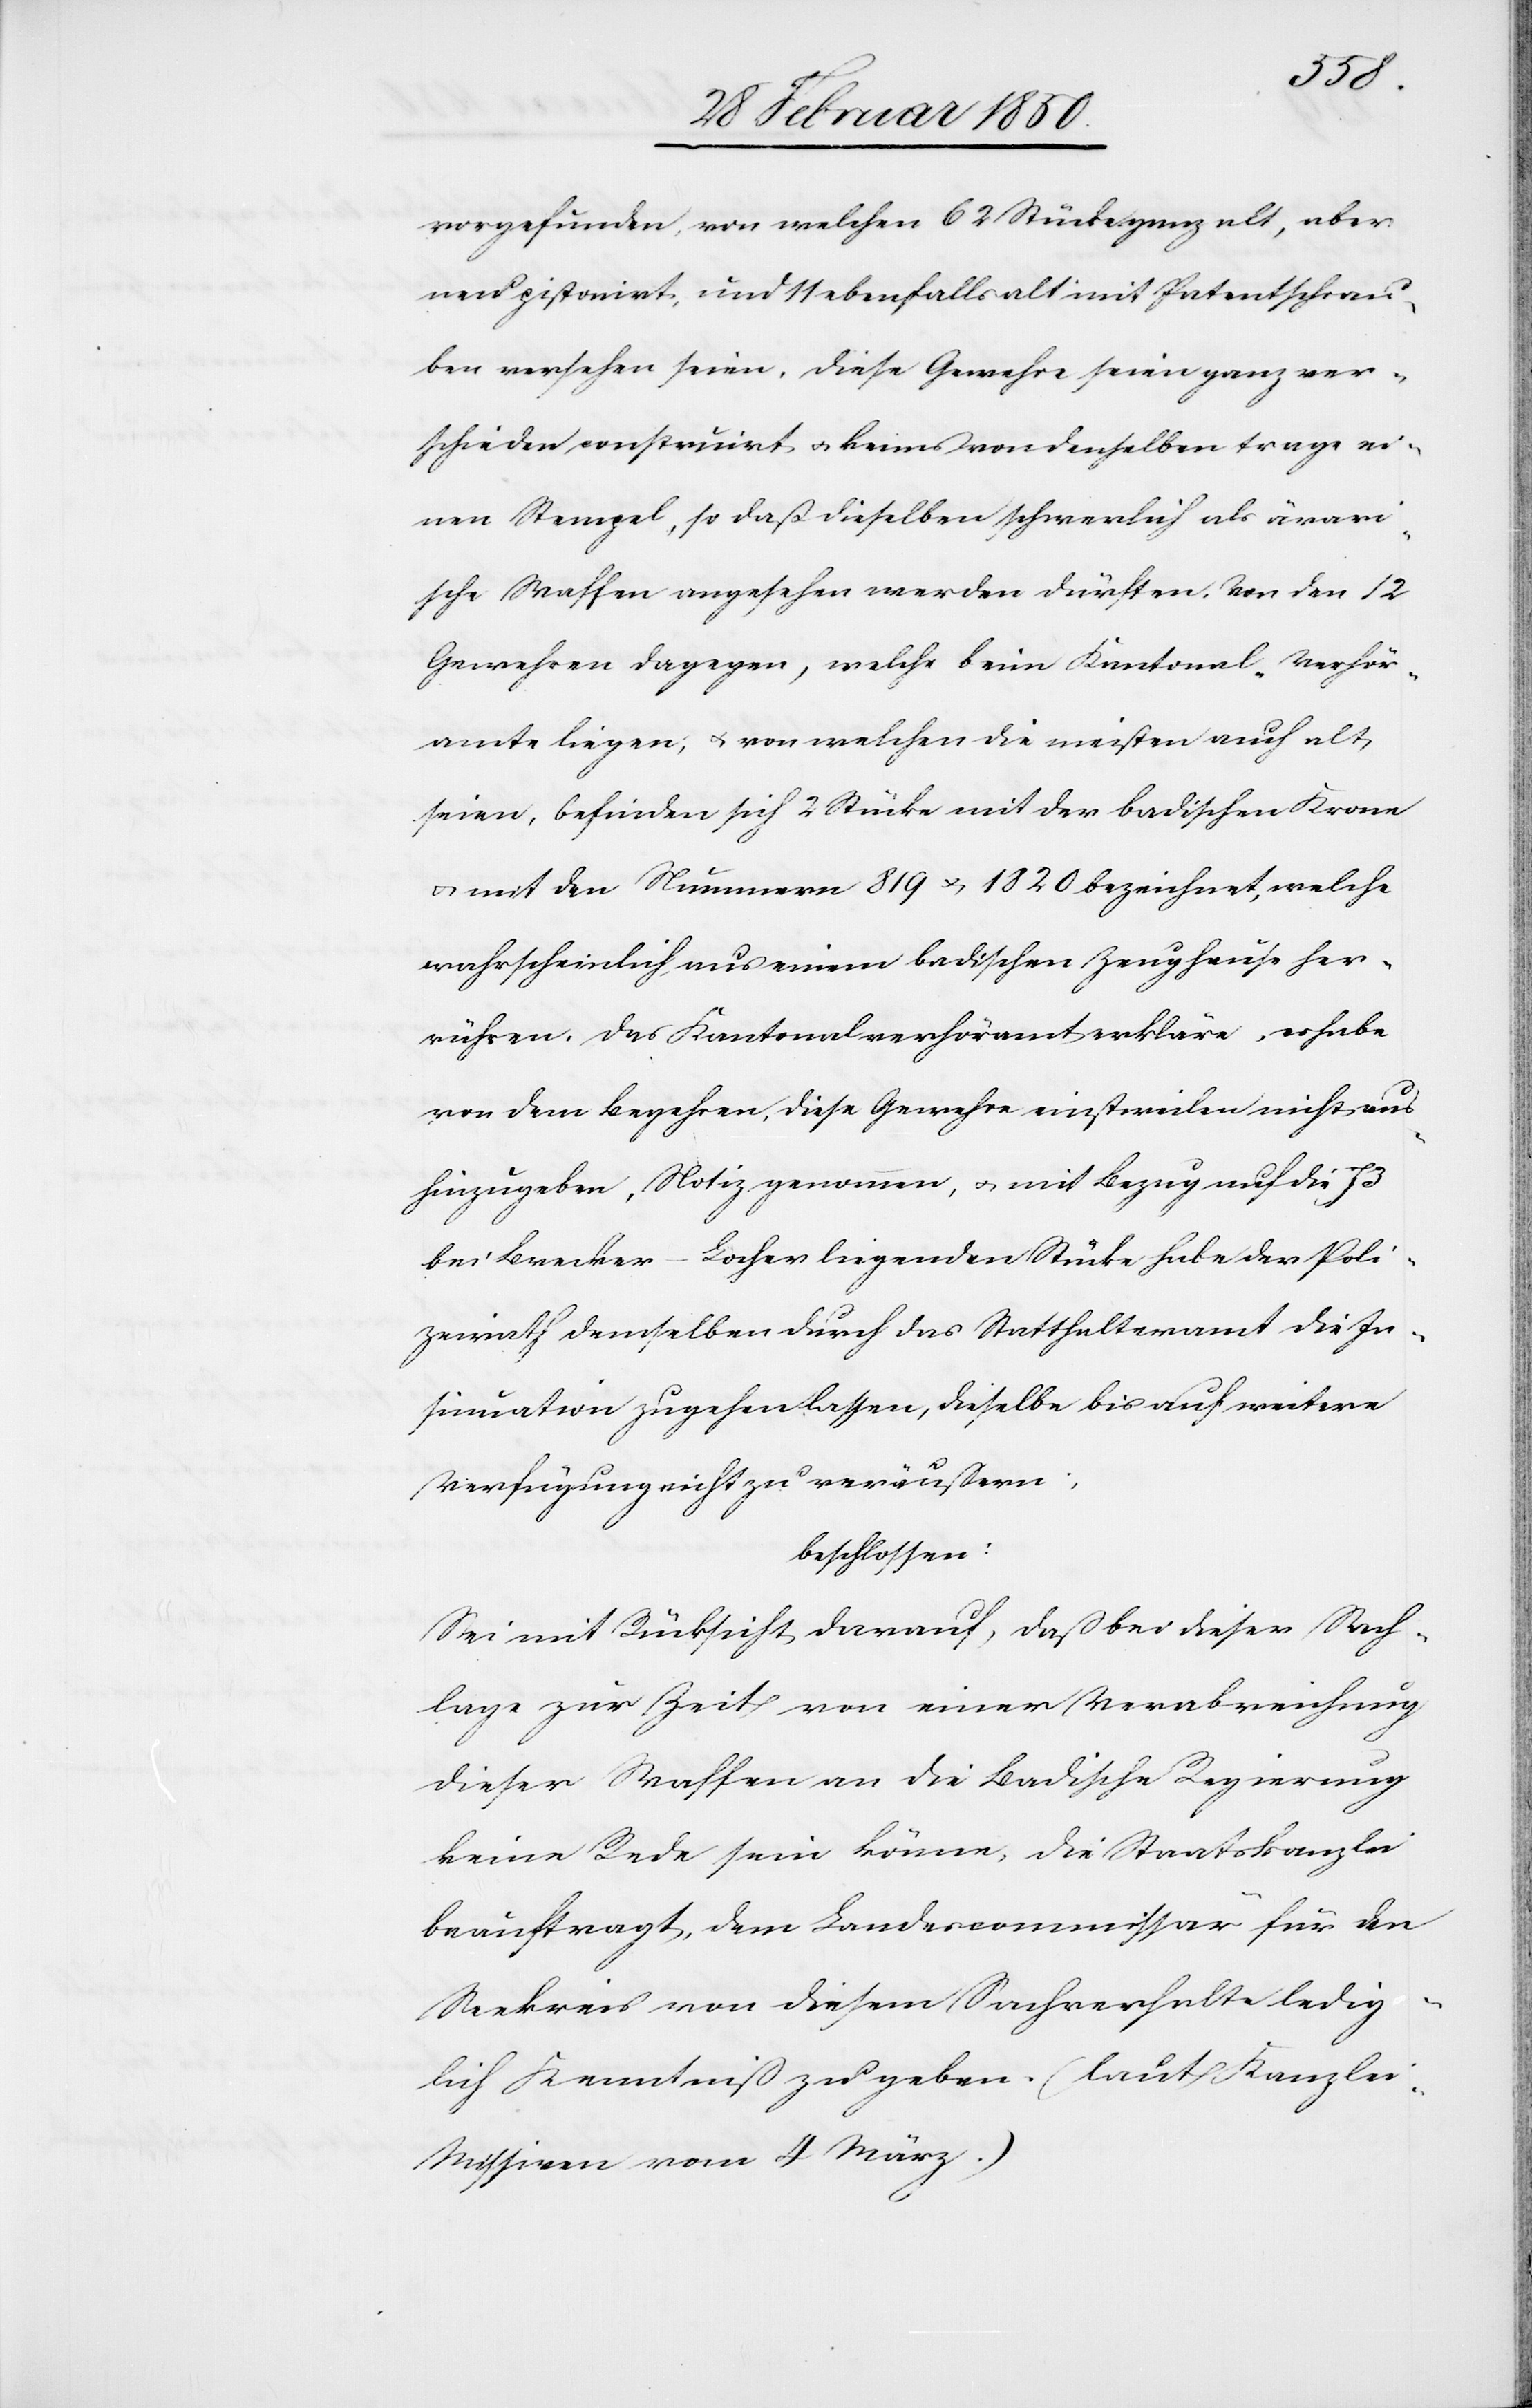
vorgefunden, von welchen 62 Stücke ganz alt, aber
neu pistonirt, und 11 ebenfalls alt mit Patentschrau¬
ben versehen seien. Diese Gewehre seien ganz ver¬
schieden construirt u. keines von denselben trage ei¬
nen Stempel, so daß dieselben schwerlich als ärari¬
sche Waffen angesehen werden dürften. Von den 12
Gewehren dagegen, welche beim Kantonal-Verhör¬
amte liegen, u. von welchen die meisten auch alt
seien, befinden sich 2 Stücke mit der badischen Krone
u. mit den Nummern 819 u. 1829 bezeichnet, welche
wahrscheinlich aus einem badischen Zeughause her¬
rühren. Das Kantonalverhöramt erkläre, es habe
von dem Begehren, diese Gewehre einstweilen nicht aus¬
hinzugeben, Notiz genommen, u. mit Bezug auf die 73
bei Brecker-Locher liegenden Stücke habe der Poli¬
zeirath demselben durch das Statthalteramt die In¬
sinuation zugehen lassen, dieselbe bis auf weitere
Verfügung nicht zu veräußern;
beschlossen:
Sei mit Rücksicht darauf, daß bei dieser Sach¬
lage zur Zeit von einer Verabreichung
dieser Waffen an die Badische Regierung
keine Rede sein könne, die Staatskanzlei
beauftragt, dem Landescommissär für den
Seekreis von diesem Sachverhalte ledig¬
lich Kenntniß zu geben. (laut Kanzle¬
i-Missiven vom 4 März.)